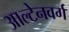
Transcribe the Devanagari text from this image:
आल्टेनवर्ग